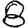
Digit: 8